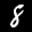
Label: 8